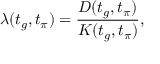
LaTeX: \lambda ( t _ { g } , t _ { \pi } ) = \frac { D ( t _ { g } , t _ { \pi } ) } { K ( t _ { g } , t _ { \pi } ) } ,